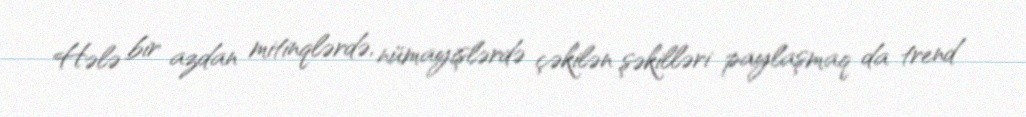
Hələ bir azdan mitinqlərdə, nümayişlərdə çəkilən şəkilləri paylaşmaq da trend